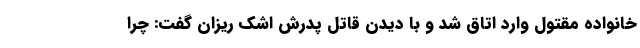
خانواده مقتول وارد اتاق شد و با دیدن قاتل پدرش اشک ریزان گفت: چرا